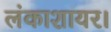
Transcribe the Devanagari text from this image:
लंकाशायर।